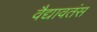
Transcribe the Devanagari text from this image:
वैद्यावतंस